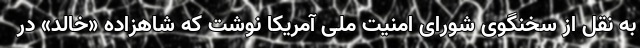
به نقل از سخنگوی شورای امنیت ملی آمریکا نوشت که شاهزاده «خالد» در